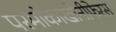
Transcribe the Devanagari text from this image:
परमोकाखोनीफेरस